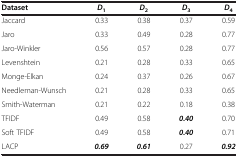
<table><thead><tr><td><b>Dataset</b></td><td><b><i>D</i><sub>1</sub></b></td><td><b><i>D</i><sub>2</sub></b></td><td><b><i>D</i><sub>3</sub></b></td><td><b><i>D</i><sub>4</sub></b></td></tr></thead><tbody><tr><td>Jaccard</td><td>0.33</td><td>0.38</td><td>0.37</td><td>0.59</td></tr><tr><td>Jaro</td><td>0.33</td><td>0.49</td><td>0.28</td><td>0.77</td></tr><tr><td>Jaro-Winkler</td><td>0.56</td><td>0.57</td><td>0.28</td><td>0.77</td></tr><tr><td>Levenshtein</td><td>0.21</td><td>0.28</td><td>0.33</td><td>0.65</td></tr><tr><td>Monge-Elkan</td><td>0.24</td><td>0.37</td><td>0.26</td><td>0.67</td></tr><tr><td>Needleman-Wunsch</td><td>0.21</td><td>0.28</td><td>0.33</td><td>0.65</td></tr><tr><td>Smith-Waterman</td><td>0.21</td><td>0.22</td><td>0.18</td><td>0.38</td></tr><tr><td>TFIDF</td><td>0.49</td><td>0.58</td><td><b><i>0.40</i></b></td><td>0.70</td></tr><tr><td>Soft TFIDF</td><td>0.49</td><td>0.58</td><td><b><i>0.40</i></b></td><td>0.71</td></tr><tr><td>LACP</td><td><b><i>0.69</i></b></td><td><b><i>0.61</i></b></td><td>0.27</td><td><b><i>0.92</i></b></td></tr></tbody></table>